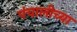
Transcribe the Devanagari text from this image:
पंचालीच्या